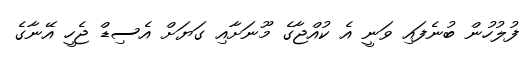
ފުލުހުން ބުނެފައި ވަނީ އެ ކުއްޖާގެ މޫނަށާއި ގަޔަށް އެސިޑް ޖެހީ އޭނާގެ